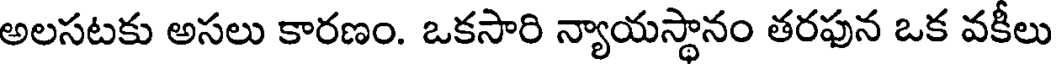
అలసటకు అసలు కారణం. ఒకసారి న్యాయస్థానం తరఫున ఒక వకీలు